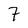
Character: 7